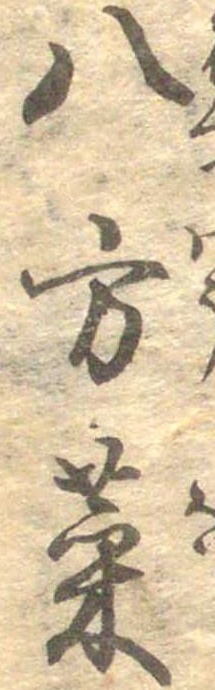
八方菜